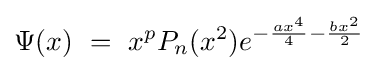
\Psi (x)\ =\ x^{p}P_{n}(x^{2})e^{-{\frac {ax^{4}}{4}}-{\frac {bx^{2}}{2}}}\